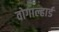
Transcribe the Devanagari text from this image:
वोगाल्हार्ड